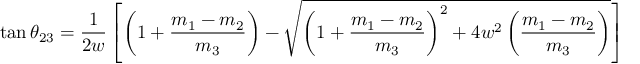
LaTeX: \tan \theta _ { 2 3 } = \frac { 1 } { 2 w } \left[ \left( 1 + \frac { m _ { 1 } - m _ { 2 } } { m _ { 3 } } \right) - \sqrt { \left( 1 + \frac { m _ { 1 } - m _ { 2 } } { m _ { 3 } } \right) ^ { 2 } + 4 w ^ { 2 } \left( \frac { m _ { 1 } - m _ { 2 } } { m _ { 3 } } \right) } \right]